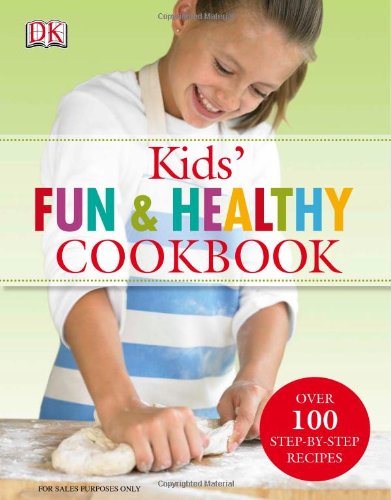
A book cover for Kids' Fun and Healthy Cookbook; Nicola Graimes; Children's Books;